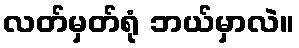
လတ်မှတ်ရုံ ဘယ်မှာလဲ။